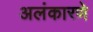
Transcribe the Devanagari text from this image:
अलंकारणे